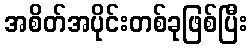
အစိတ်အပိုင်းတစ်ခုဖြစ်ပြီး